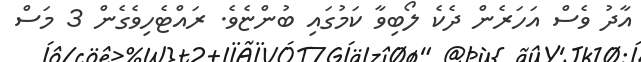
އާދު ވެސް އަހަރެން ދެކެ ލޯބިވާ ކަމުގައި ބުންޏެވެ. ރައްޓެހިވެގެން 3 މަސް